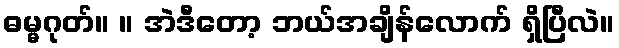
ဓမ္မဂုတ်။ ။ အဲဒီတော့ ဘယ်အချိန်လောက် ရှိပြီလဲ။